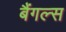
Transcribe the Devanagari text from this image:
बैंगल्स